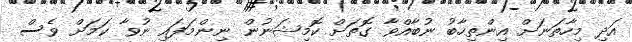
އަދި މިހާތަނަށް އިންތިހާބު ނުބާއްވާ ގޮތަށް ކޮމިޝަނުން ނިންމަފައި ނުވާ ކަމަށް ވެސް